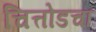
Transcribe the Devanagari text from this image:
चित्तोडचा